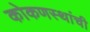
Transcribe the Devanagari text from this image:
कोकणस्थांची